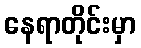
နေရာတိုင်းမှာ